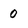
Character: 0